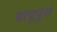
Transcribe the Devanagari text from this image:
बापुपुरा